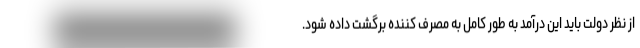
از نظر دولت باید این درآمد به طور کامل به مصرف کننده برگشت داده شود.